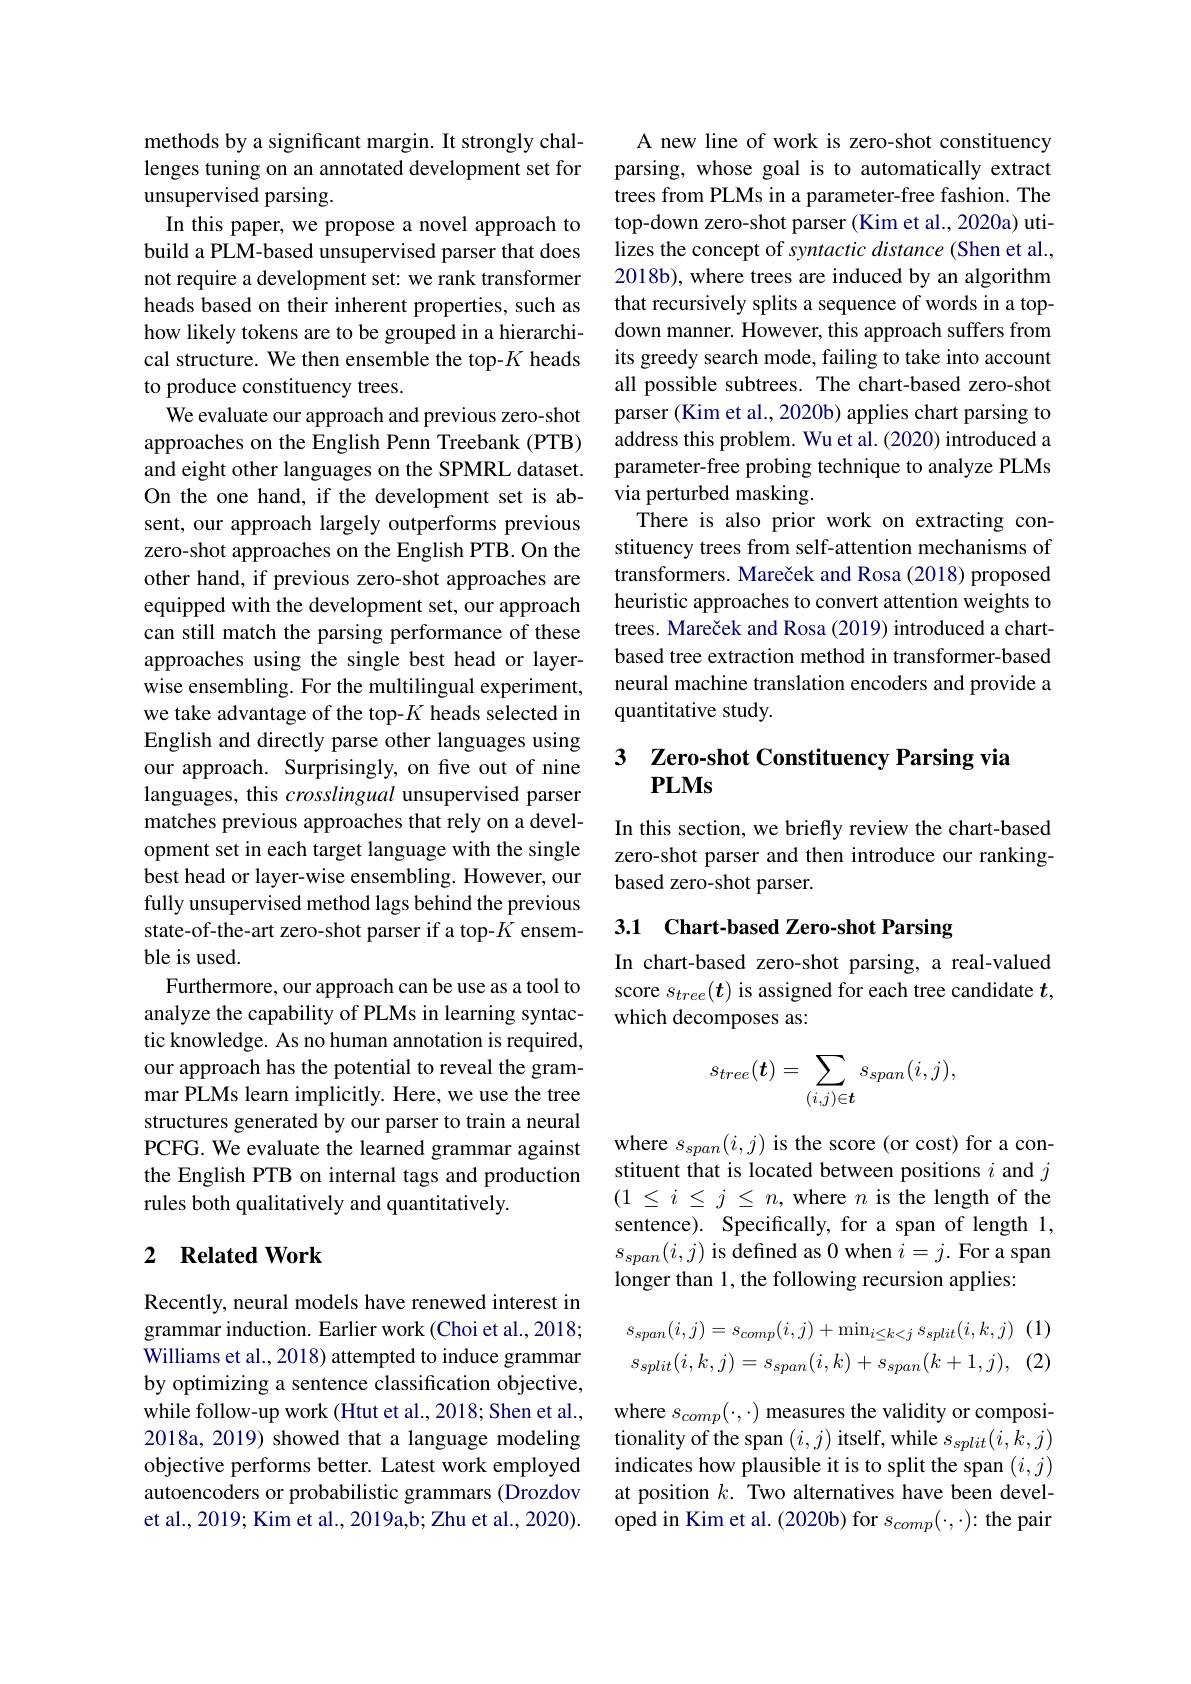
methods by a significant margin. It strongly challenges tuning on an annotated development set for unsupervised parsing.
In this paper, we propose a novel approach to build a PLM-based unsupervised parser that does not require a development set: we rank transformer heads based on their inherent properties, such as how likely tokens are to be grouped in a hierarchical structure. We then ensemble the top-$K$ heads to produce constituency trees.
We evaluate our approach and previous zero-shot approaches on the English Penn Treebank (PTB) and eight other languages on the SPMRL dataset. On the one hand, if the development set is absent, our approach largely outperforms previous zero-shot approaches on the English PTB. On the other hand, if previous zero-shot approaches are equipped with the development set, our approach can still match the parsing performance of these approaches using the single best head or layerwise ensembling. For the multilingual experiment, we take advantage of the top-$K$ heads selected in English and directly parse other languages using our approach. Surprisingly, on five out of nine languages, this crosslingual unsupervised parser matches previous approaches that rely on a development set in each target language with the single best head or layer-wise ensembling. However, our fully unsupervised method lags behind the previous state-of-the-art zero-shot parser if a top-$K$ ensemble is used.
Furthermore, our approach can be use as a tool to analyze the capability of PLMs in learning syntactic knowledge. As no human annotation is required, our approach has the potential to reveal the grammar PLMs learn implicitly. Here, we use the tree structures generated by our parser to train a neural PCFG. We evaluate the learned grammar against the English PTB on internal tags and production rules both qualitatively and quantitatively.

## 2 $\textbf{Related Work}$

Recently, neural models have renewed interest in grammar induction. Earlier work (Choi et al., 2018; Williams et al., 2018) attempted to induce grammar by optimizing a sentence classification objective, while follow-up work (Htut et al., 2018; Shen et al., 2018a, 2019) showed that a language modeling objective performs better. Latest work employed autoencoders or probabilistic grammars (Drozdov et al., 2019; Kim et al., 2019a,b; Zhu et al., 2020).

A new line of work is zero-shot constituency parsing, whose goal is to automatically extract trees from PLMs in a parameter-free fashion. The top-down zero-shot parser (Kim et al., 2020a) utilizes the concept of syntactic distance (Shen et al., 2018b), where trees are induced by an algorithm that recursively splits a sequence of words in a topdown manner. However, this approach suffers from its greedy search mode, failing to take into account all possible subtrees. The chart-based zero-shot parser (Kim et al., 2020b) applies chart parsing to address this problem. Wu et al. (2020) introduced a parameter-free probing technique to analyze PLMs via perturbed masking.
There is also prior work on extracting constituency trees from self-attention mechanisms of transformers. Mareček and Rosa (2018) proposed heuristic approaches to convert attention weights to trees. Mareček and Rosa (2019) introduced a chartbased tree extraction method in transformer-based neural machine translation encoders and provide a quantitative study.

## 3 Zero-shot Constituency Parsing via PLMs

In this section, we briefly review the chart-based zero-shot parser and then introduce our rankingbased zero-shot parser.

# 3.1 Chart-based Zero-shot Parsing

In chart-based zero-shot parsing, a real-valued score $s_{tree}(\boldsymbol{t})$ is assigned for each tree candidate $t$, which decomposes as:
$$s_{tree}(\boldsymbol{t})=\sum_{(i,j)\in\boldsymbol{t}}s_{span}(i,j),$$
where $s_{span}(i,j)$ is the score (or cost) for a constituent that is located between positions $i$ and $j$ $(1\le i\le j\le n$,where $n$ is the length of the sentence). Specifically, for a span of length 1, $s_{span}(i,j)$ is defined as 0 when $i=j.$ For a span longer than 1, the following recursion applies:
$$s_{span}(i,j)=s_{comp}(i,j)+\operatorname*{min}_{i\leq k<j}s_{split}(i,k,j)\:(1)\\s_{split}(i,k,j)=s_{span}(i,k)+s_{span}(k+1,j),\:(2)$$
where $s_{comp}(\cdot,\cdot)$ measures the validity or compositionality of the span $(i,j)$ itself, while $s_split(i,k,j)$ indicates how plausible it is to split the span $(i,j)$ at position $k.$ Two alternatives have been developed in Kim et al. (2020b) for $s_comp(\cdot,\cdot):$ the pair